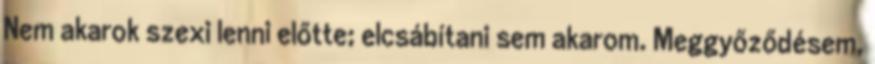
Nem akarok szexi lenni előtte; elcsábítani sem akarom. Meggyőződésem,